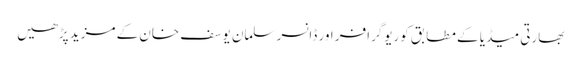
بھارتی میڈیا کے مطابق کوریوگرافر اور ڈانسر سلمان یوسف خان کے مزید پڑھیں